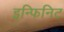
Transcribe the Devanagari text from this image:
इन्फिनिट